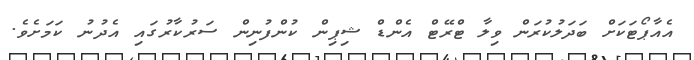
އެއާޕޯޓަކަށް ބަދަލުކުރަން ވިލާ ޓްރޭޓް އެންޑް ޝިޕިން ކުންފުނިން ސަރުކާރުގައި އެދުނު ކަމަށެވެ.